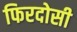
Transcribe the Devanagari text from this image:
फिरदोसी